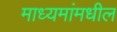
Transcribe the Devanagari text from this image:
माध्यमांमधील